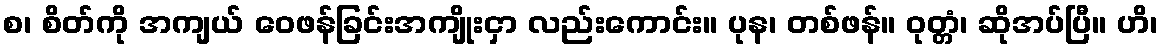
စ၊ စိတ်ကို အကျယ် ဝေဖန်ခြင်းအကျိုးငှာ လည်းကောင်း။ ပုန၊ တစ်ဖန်။ ဝုတ္တံ၊ ဆိုအပ်ပြီ။ ဟိ၊